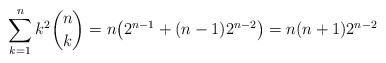
\begin{align*} \sum_{k=1}^n k^2\binom{n}{k} = n\big(2^{n-1} + (n-1)2^{n-2}\big) = n(n+1)2^{n-2}\end{align*}